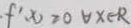
f ^ { \prime } x \geq 0 \forall x \in R